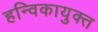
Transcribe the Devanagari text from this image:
हन्विकायुक्त